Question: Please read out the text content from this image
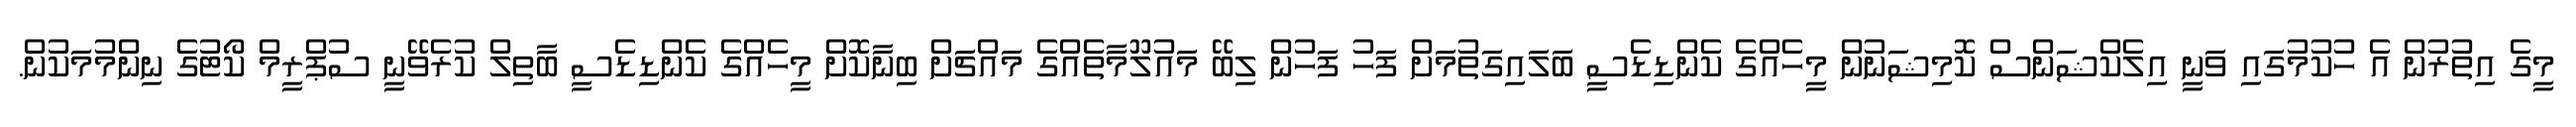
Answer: މީގެ އިތުރުން އެ ހުކުމުގައި ވަނީ އިލެކްޝަންސް ކޮމިޝަނުން މީހެއްގެ ކެންޑިޑެސީ ބަލައިގަތުމަށް ފަހު ފަހުން ލިބޭ މައުލޫމާތެއްގެ މައްޗަށް ބިނާކޮށް މީހެއްގެ ކެންޑިޑެސީ ބާތިލް ކުރެވޭނީ ސުޕްރީމް ކޯޓުގެ ނިންމުމަކުން.